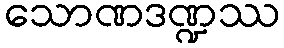
သောဏဒဏ္ဍဿ